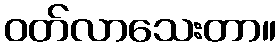
ဝတ်လာသေးတာ။